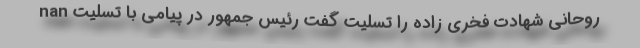
nan روحانی شهادت فخری زاده را تسلیت گفت رئیس جمهور در پیامی با تسلیت